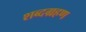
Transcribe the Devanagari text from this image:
शब्दग्रहण